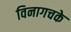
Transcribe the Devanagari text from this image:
विनागचके